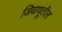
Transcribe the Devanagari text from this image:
जिवाणूतील